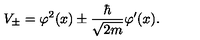
V _ { \pm } = \varphi ^ { 2 } ( x ) \pm \frac { \hbar } { \sqrt { 2 m } } \varphi ^ { \prime } ( x ) .